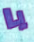
يا